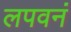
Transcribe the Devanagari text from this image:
लपवनं